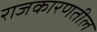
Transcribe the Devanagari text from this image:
राजकारणतील